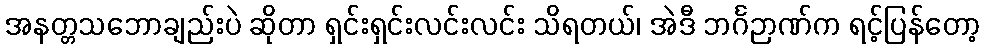
အနတ္တသဘောချည်းပဲ ဆိုတာ ရှင်းရှင်းလင်းလင်း သိရတယ်၊ အဲဒီ ဘင်္ဂဉာဏ်က ရင့်ပြန်တော့